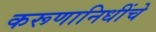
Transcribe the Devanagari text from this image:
करूणानिधींचे